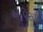
ઍપિસોડ